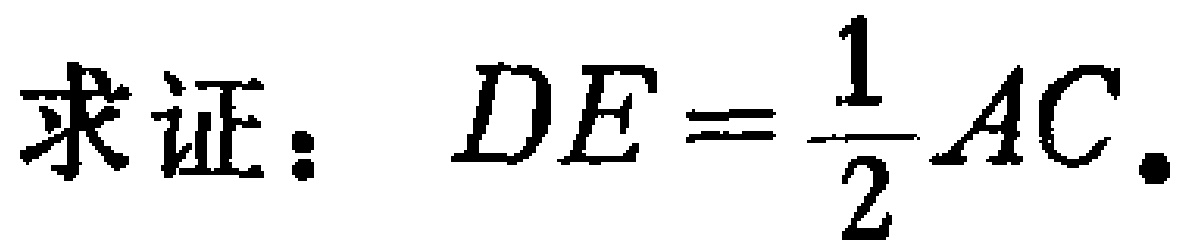
求证：$DE=\dfrac{1}{2}AC.$